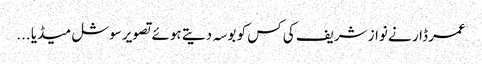
عمر ڈار نے نواز شریف کی کس کو بوسہ دیتے ہوئے تصویر سوشل میڈیا ...